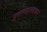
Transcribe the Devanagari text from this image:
उत्तरसातवाहन